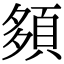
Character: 䫂